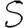
Digit: 5